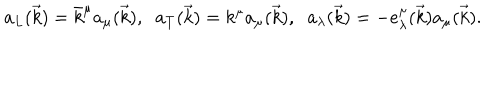
LaTeX: a _ { L } ( \vec { k } ) = \bar { k } ^ { \mu } a _ { \mu } ( \vec { k } ) , \; \; a _ { T } ( \vec { k } ) = k ^ { \mu } a _ { \mu } ( \vec { k } ) , \; \; a _ { \lambda } ( \vec { k } ) = - e _ { \lambda } ^ { \mu } ( \vec { k } ) a _ { \mu } ( \vec { k } ) .